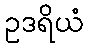
ဥဒရိယံ